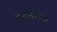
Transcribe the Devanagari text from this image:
लुइझियाना